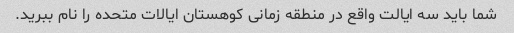
شما باید سه ایالت واقع در منطقه زمانی کوهستان ایالات متحده را نام ببرید.